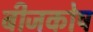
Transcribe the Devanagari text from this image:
बीजकोष